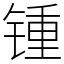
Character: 锺